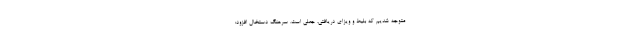
متوجه شدیم که بلیط و ویزای دریافتی، جعلی است. سرهنگ دستخال افزود: